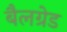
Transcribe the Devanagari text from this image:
बैलग्रेड